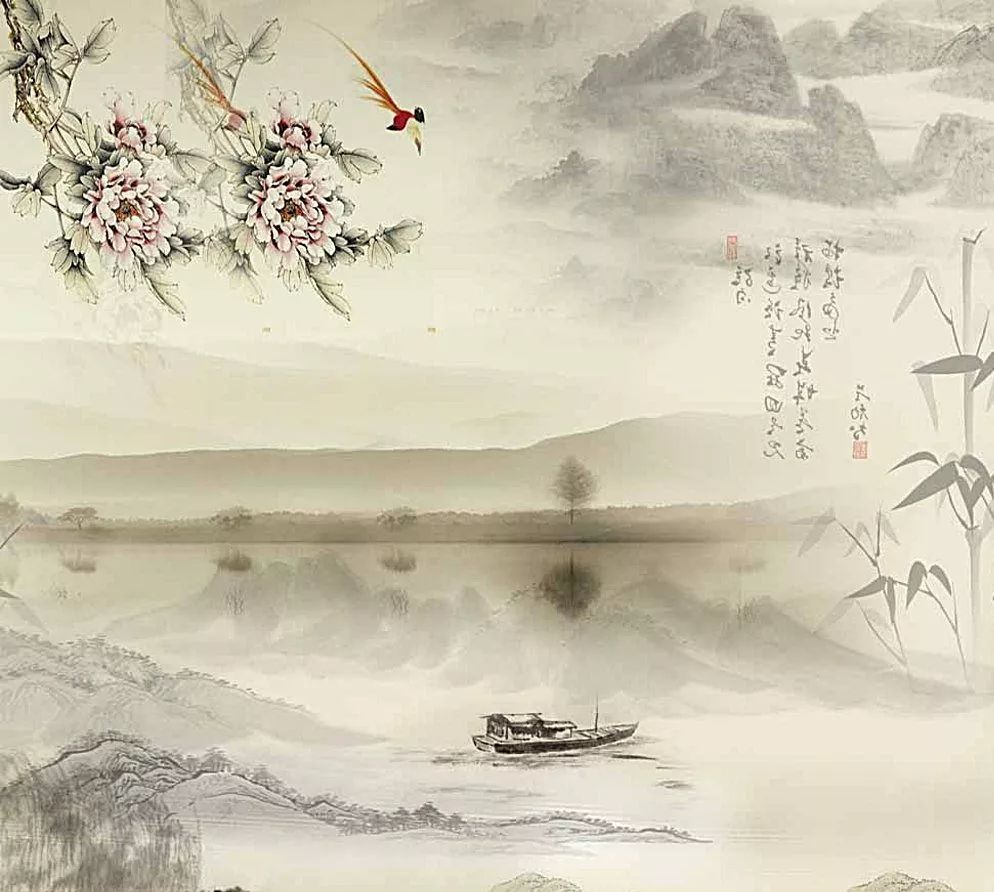
松花酿酒，春水煎茶。